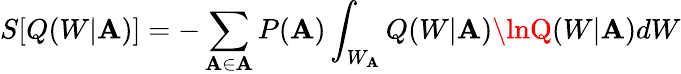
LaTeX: S[Q(W|\mathbf{A})]=-\sum_{\mathbf{A}\in\mathbf{{\mathbf{A}}}}P(\mathbf{A})\int_{W_{\mathbf{A}}}Q(W|\mathbf{A})\lnQ(W|\mathbf{A})dW